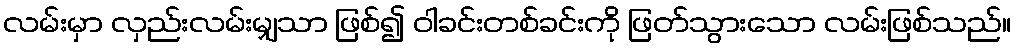
လမ်းမှာ လှည်းလမ်းမျှသာ ဖြစ်၍ ဝါခင်းတစ်ခင်းကို ဖြတ်သွားသော လမ်းဖြစ်သည်။